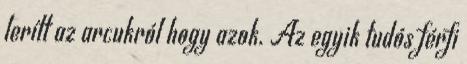
lerítt az arcukról hogy azok. Az egyik tudós férfi